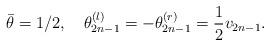
LaTeX: \begin{align*}\bar{\theta}=1/2,\quad\theta_{2n-1}^{\left( l\right) }=-\theta_{2n-1}^{\left( r\right) }=\frac{1}{2}v_{2n-1}.\end{align*}